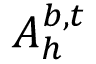
A _ { h } ^ { b , t }